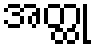
အတ္ထု